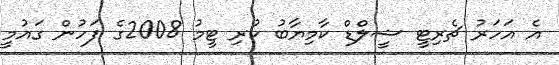
އެ އަހަރު ޗެރިޓީ ޝީލްޑް ކާމިޔާބު ކުރި ޓީމު 2008ގެ ފަހުން ގައުމީ